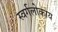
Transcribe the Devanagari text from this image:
स्वर्गलोकाय